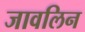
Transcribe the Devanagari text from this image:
जावलिन